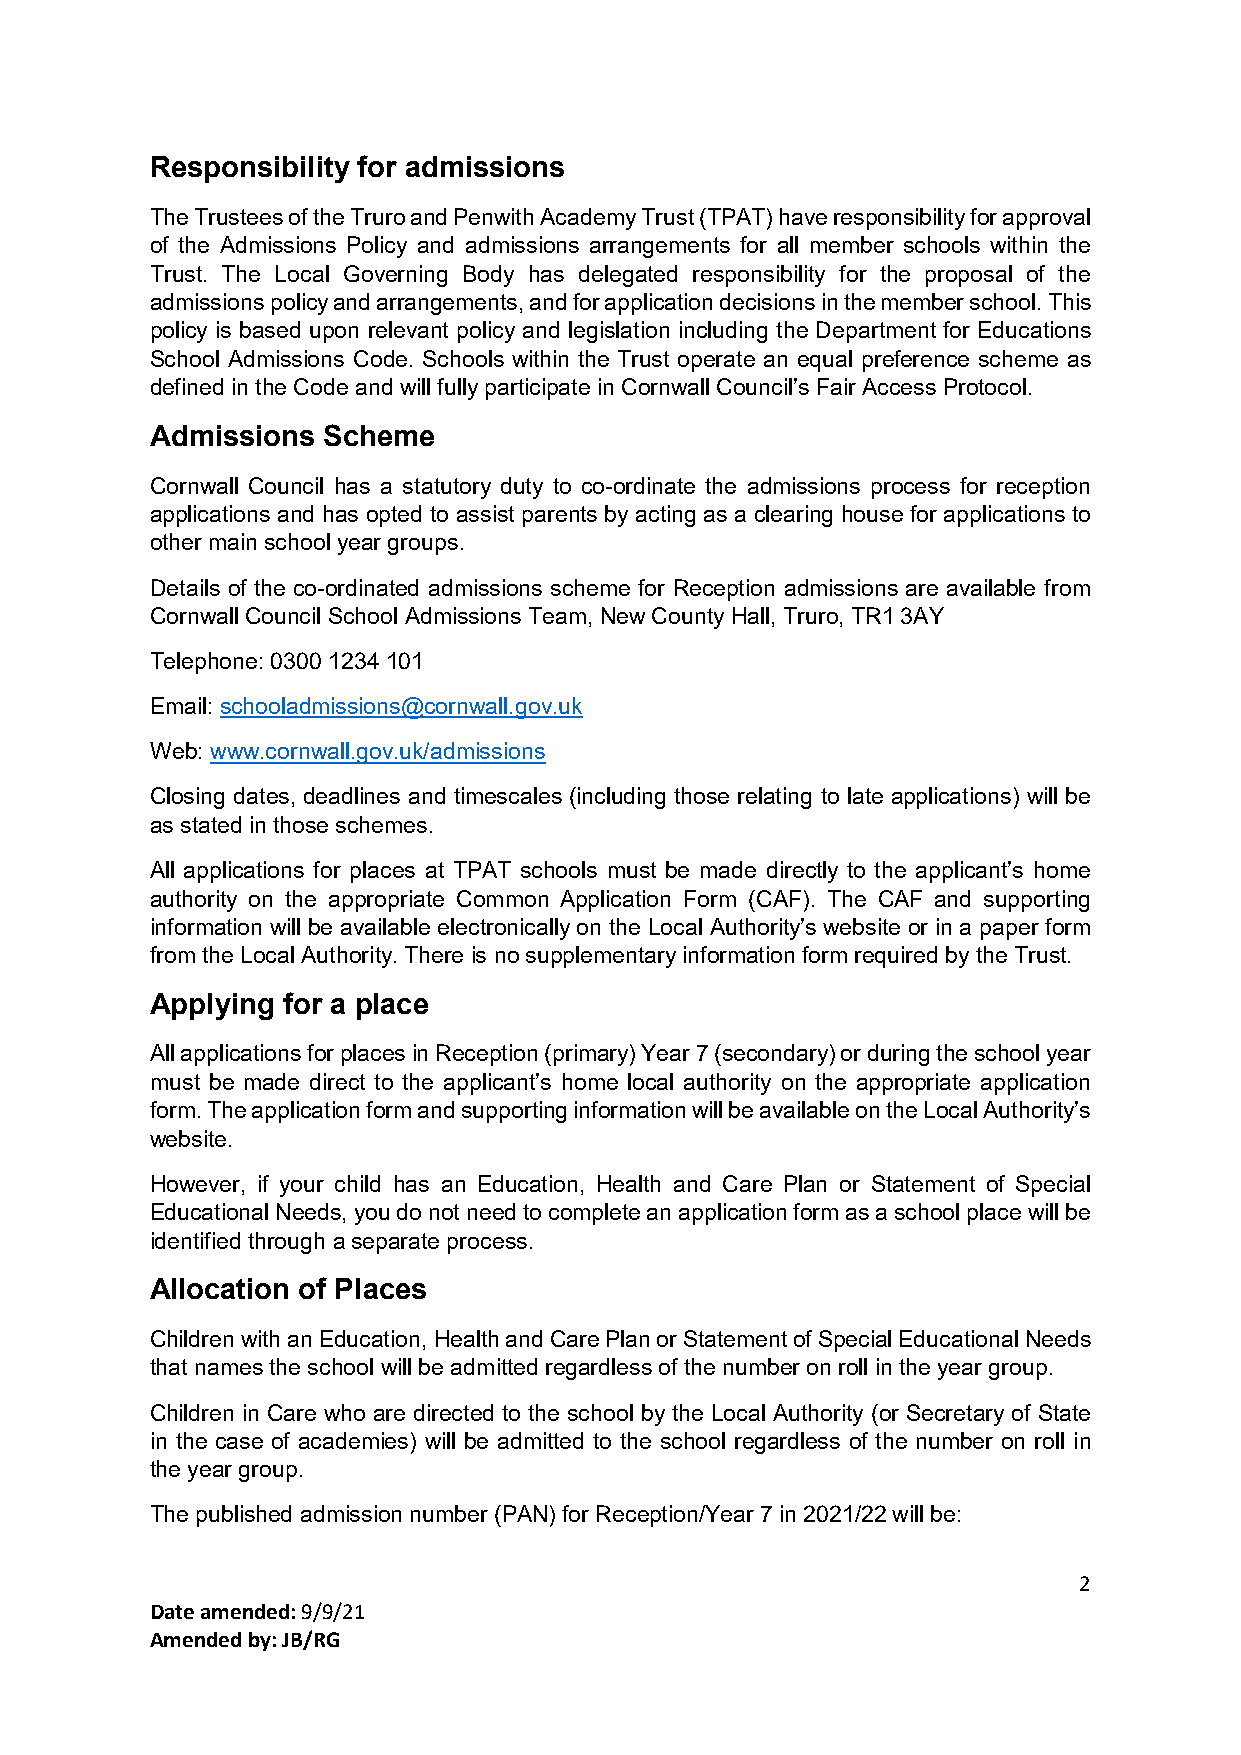
Responsibility for admissions
 The Trustees of the Truro and Penwith Academy Trust (TPAT) have responsibility for approval
 of the Admissions Policy and admissions arrangements for all member schools within the
 Trust. The Local Governing Body has delegated responsibility for the proposal of the
 admissions policy and arrangements, and for application decisions in the member school. This
 policy is based upon relevant policy and legislation including the Department for Educations
 School Admissions Code. Schools within the Trust operate an equal preference scheme as
 defined in the Code and will fully participate in Cornwall Council’s Fair Access Protocol.
 Admissions Scheme
 Cornwall Council has a statutory duty to co-ordinate the admissions process for reception
 applications and has opted to assist parents by acting as a clearing house for applications to
 other main school year groups.
 Details of the co-ordinated admissions scheme for Reception admissions are available from
 Cornwall Council School Admissions Team, New County Hall, Truro, TR1 3AY
 Telephone: 0300 1234 101
 Email: schooladmissions@cornwall.gov.uk
 Web: www.cornwall.gov.uk/admissions
 Closing dates, deadlines and timescales (including those relating to late applications) will be
 as stated in those schemes.
 All applications for places at TPAT schools must be made directly to the applicant’s home
 authority on the appropriate Common Application Form (CAF). The CAF and supporting
 information will be available electronically on the Local Authority’s website or in a paper form
 from the Local Authority. There is no supplementary information form required by the Trust.
 Applying for a place
 All applications for places in Reception (primary) Year 7 (secondary) or during the school year
 must be made direct to the applicant’s home local authority on the appropriate application
 form. The application form and supporting information will be available on the Local Authority’s
 website.
 However, if your child has an Education, Health and Care Plan or Statement of Special
 Educational Needs, you do not need to complete an application form as a school place will be
 identified through a separate process.
 Allocation of Places
 Children with an Education, Health and Care Plan or Statement of Special Educational Needs
 that names the school will be admitted regardless of the number on roll in the year group.
 Children in Care who are directed to the school by the Local Authority (or Secretary of State
 in the case of academies) will be admitted to the school regardless of the number on roll in
 the year group.
 The published admission number (PAN) for Reception/Year 7 in 2021/22 will be:
 2
 Date amended: 9/9/21
 Amended by: JB/RG